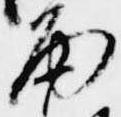
雨